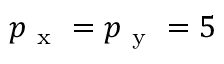
p _ { \mathrm { ~ x ~ } } = p _ { \mathrm { ~ y ~ } } = 5